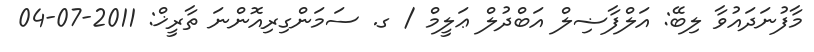
މާފުނަދައުވާ ލިބޭ: އަލްފާޟިލް އަބްދުލް ޢަލީމް / ގ. ސަމަންގިރިއޮންނަ ތާރީޚް: 2011-07-04